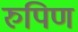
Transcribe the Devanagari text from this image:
रुपिण